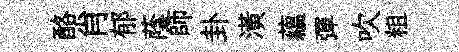
酪肖郁蔭師卦潢蘊彈吹粗